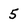
Character: 5